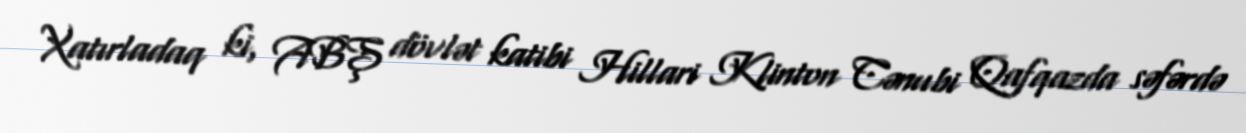
Xatırladaq ki, ABŞ dövlət katibi Hillari Klinton Cənubi Qafqazda səfərdə